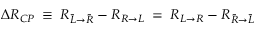
\Delta { \cal R } _ { C P } \: \equiv \: { \cal R } _ { { \bar { L } } \to { \bar { R } } } - { \cal R } _ { R \to L } \: = \: { \cal R } _ { { L } \to { R } } - { \cal R } _ { { \bar { R } } \to { \bar { L } } }